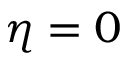
\eta = 0